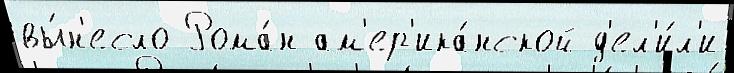
вы́н'есло Рома́н ам'ер'ика́нской д'ел'и́л'и